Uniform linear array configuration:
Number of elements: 12
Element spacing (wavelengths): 0.25
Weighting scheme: kaiser
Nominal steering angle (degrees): -45
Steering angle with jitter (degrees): -44.129
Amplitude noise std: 0.05
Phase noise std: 0.05

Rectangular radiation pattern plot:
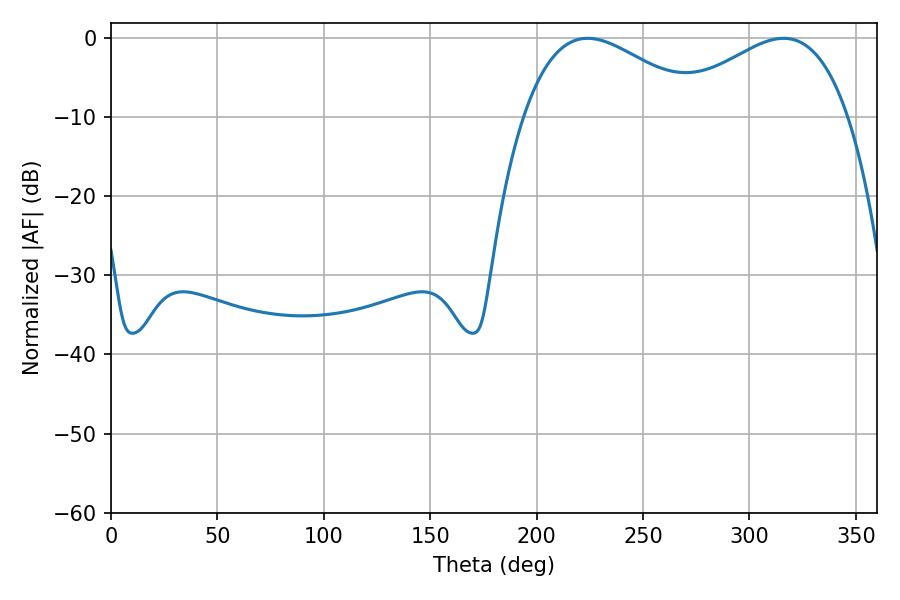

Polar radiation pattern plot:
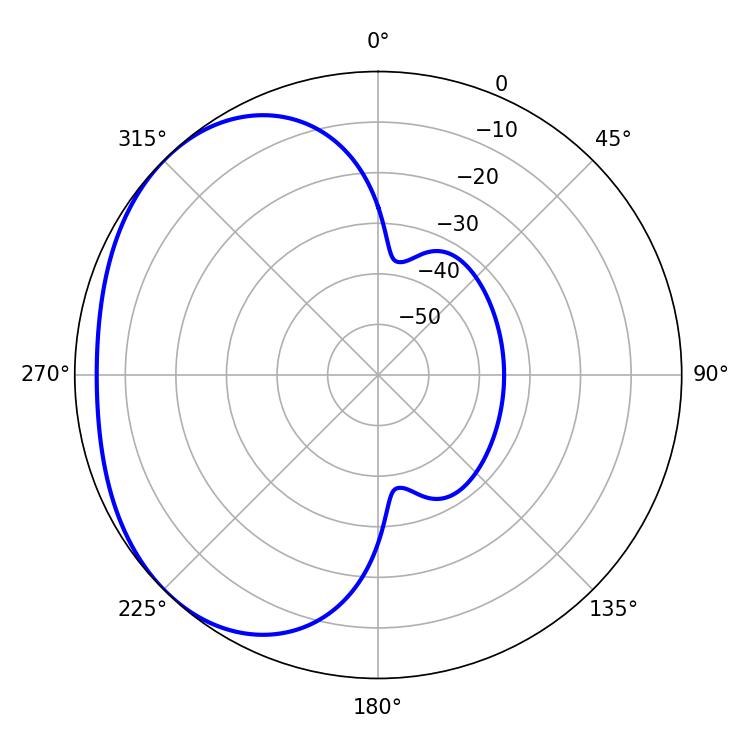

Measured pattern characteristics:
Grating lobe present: FALSE
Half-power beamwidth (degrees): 45.9
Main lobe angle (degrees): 223.92